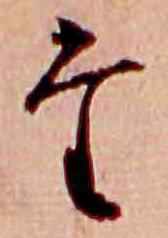
た